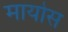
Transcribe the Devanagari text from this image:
मायोस